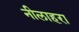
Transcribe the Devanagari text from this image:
नीलाहरा